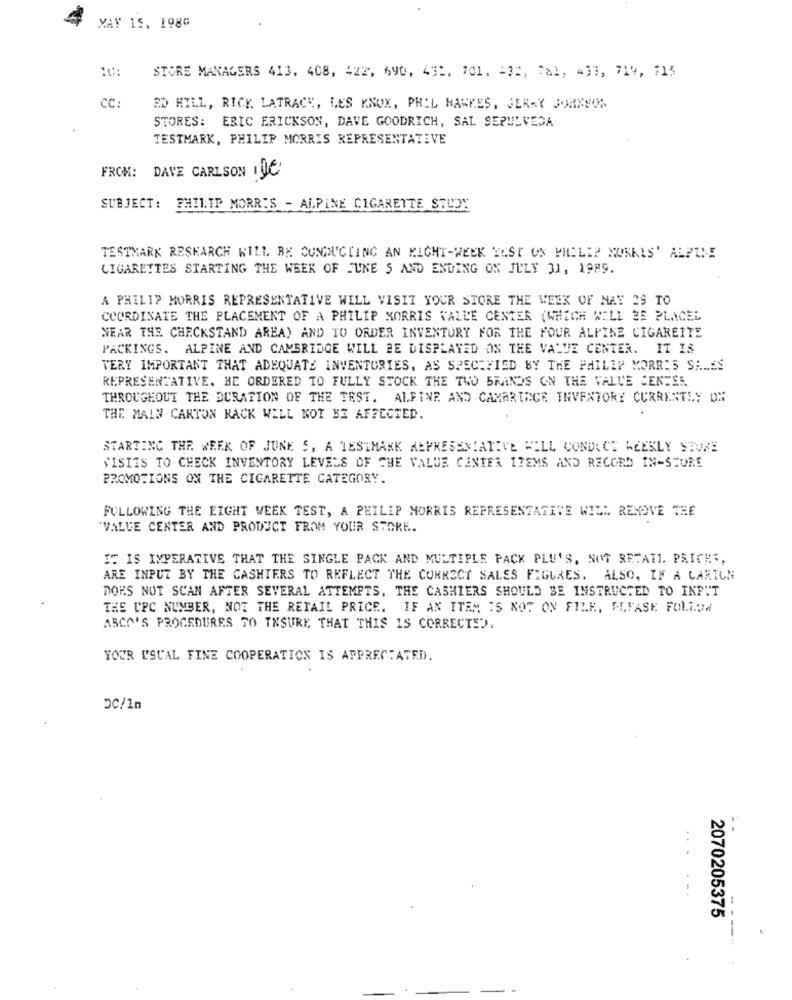
MAY 15. 1980
10:
STORE MANAGERS 413. 408, 422, 690, 432. 101. 43", "al, 433, 714, 715
CC:
SD HILL, RICK LATRACE, LES KNOX, PHIL HAWKES, JERRY JOHNSON
STORES: ERIC ERICKSON, DAVE GOODRICH, SAL SEPULVEDA
TESTMARK, PHILIP MORRIS REPRESENTATIVE
FROM: DAVE CARLSON INC
SUBJECT: PHILIP MORRIS - ALPINE CIGARETTE STUDY
TESTMARK RESEARCH WILL BE CONDUCTING AN MIGHT-WEEK YEST OS PHILIP MONKIS' ALPINE
CIGARETTES STARTING THE WEEK OF JUNE S AND ENDING ON JULY 31, 1989.
A PHILIP MORRIS REPRESENTATIVE WILL VISIT YOUR STORE THE WEEK OF MAY 29 TO
COORDINATE THE PLACEMENT OF A PHILIP MORRIS VALLE CENTER (WHICH WILL BE PLACEL
NEAR THE CHECKSTAND AREA) AND TO ORDER INVENTORY FOR THE FOUR ALPINE CIGAREITE
PACKINGS. ALPINE AND CAMBRIDGE WILL BE DISPLAYED ON THE VALUE CENTER. IT IS
VERY IMPORTANT THAT ADEQUATE INVENTORIES, AS SPECIFIED BY THE PHILIP MORRIS SALES
REPRESENTATIVE. HE ORDERED TO FULLY STOCK THE TWO BRANDS ON THE VALUE CENTER
THROUGHOUT THE DURATION OF THE TEST. ALFINE AND CAMARIAGE INVENTORY CURRENTLY ON
THE MAIN CARTON RACK WILL NOT BE AFFECTED.
STARTING THE WEEK OF JUNE S, A TESTMARK REPRESENTATIVE WILL CONDUCT WEEKLY STURE
VISITS TO CHECK INVENTORY LEVELS OF THE VALUE CENTER ITEMS AND RECORD IN-STORE
PROMOTIONS ON THE CIGARETTE CATEGORY.
FULLOWING THE EIGHT WEEK TEST, A PHILIP MORRIS REPRESENTATIVE WILL REMOVE THE
"VALUE CENTER AND PRODUCT FROM YOUR STORE.
IT IS IMPERATIVE THAT THE SINGLE PACK AND MULTIPLE PACK PLU'S, NOT RETATI. PRICES,
ARE INPUT BY THE CASHIERS TO REFLECT THE CORRECT SALES FIGURES. ALSO, IF A CARTON
DOES NOT SCAN AFTER SEVERAL ATTEMPTS, THE CASHIERS SHOULD BE INSTRUCTED TO INPUT
THE UPC NUMBER, NOE THE RETAIL PRICE. IF AN ITEM IS NOT ON FILE, ALFASE FOLLOW
ASCO'S PROCEDURES TO INSURE THAT THIS IS CORRECTED.
YOUR USUAL FINE COOPERATION IS APPRECIATED.
DC/1n
..
2070205375